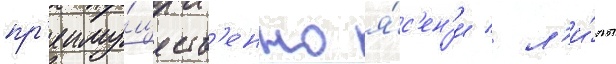
пр'еиму́ществ'енно я́с'ен'и / л'и́пы